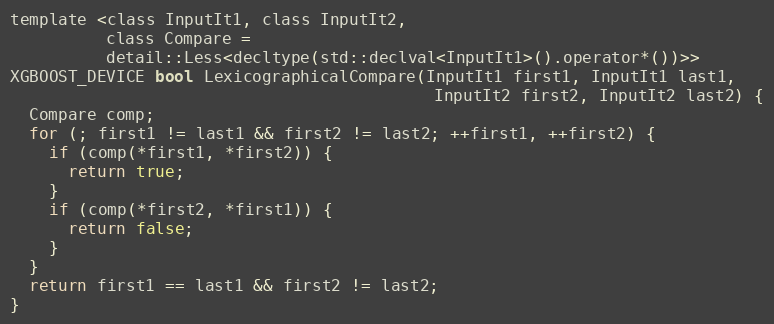
Language: C
template <class InputIt1, class InputIt2,
          class Compare =
          detail::Less<decltype(std::declval<InputIt1>().operator*())>>
XGBOOST_DEVICE bool LexicographicalCompare(InputIt1 first1, InputIt1 last1,
                                            InputIt2 first2, InputIt2 last2) {
  Compare comp;
  for (; first1 != last1 && first2 != last2; ++first1, ++first2) {
    if (comp(*first1, *first2)) {
      return true;
    }
    if (comp(*first2, *first1)) {
      return false;
    }
  }
  return first1 == last1 && first2 != last2;
}